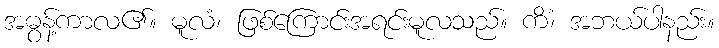
အဓွန့်ကာလ၏။ မူလံ၊ ဖြစ်ကြောင်းအရင်းမူလသည်။ ကိံ၊ အဘယ်ပါနည်း။